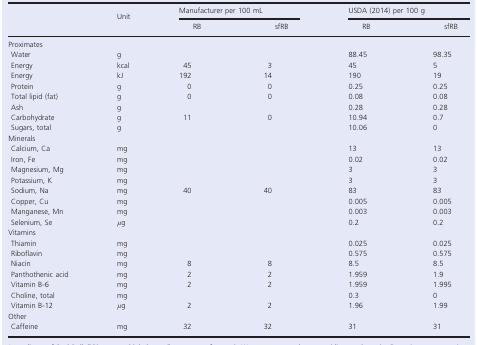
|  | Unit | <COLSPAN=2> Manufacturer per 100 mL | <COLSPAN=2> USDA (2014) per 100 g |
 |  |  | RB | sfRB | RB | sfRB |
 | --- | --- | --- | --- | --- | --- |
 | <COLSPAN=6> Proximates |
 | Water | g |  |  | 88.45 | 98.35 |
 | Energy | kcal | 45 | 3 | 45 | 5 |
 | Energy | kJ | 192 | 14 | 190 | 19 |
 | Protein | g | 0 | 0 | 0.25 | 0.25 |
 | Total lipid (fat) | g | 0 | 0 | 0.08 | 0.08 |
 | Ash | g |  |  | 0.28 | 0.28 |
 | Carbohydrate | g | 11 | 0 | 10.94 | 0.7 |
 | Sugars, total | g |  |  | 10.06 | 0 |
 | <COLSPAN=6> Minerals |
 | Calcium, Ca | mg |  |  | 13 | 13 |
 | Iron, Fe | mg |  |  | 0.02 | 0.02 |
 | Magnesium, Mg | mg |  |  | 3 | 3 |
 | Potassium, K | mg |  |  | 3 | 3 |
 | Sodium, Na | mg | 40 | 40 | 83 | 83 |
 | Copper, Cu | mg |  |  | 0.005 | 0.005 |
 | Manganese, Mn | mg |  |  | 0.003 | 0.003 |
 | Selenium, Se | μg |  |  | 0.2 | 0.2 |
 | <COLSPAN=6> Vitamins |
 | Thiamin | mg |  |  | 0.025 | 0.025 |
 | Riboflavin | mg |  |  | 0.575 | 0.575 |
 | Niacin | mg | 8 | 8 | 8.5 | 8.5 |
 | Panthothenic acid | mg | 2 | 2 | 1.959 | 1.9 |
 | Vitamin B-6 | mg | 2 | 2 | 1.959 | 1.995 |
 | Choline, total | mg |  |  | 0.3 | 0 |
 | Vitamin B-12 | μg | 2 | 2 | 1.96 | 1.99 |
 | <COLSPAN=6> Other |
 | Caffeine | mg | 32 | 32 | 31 | 31 |